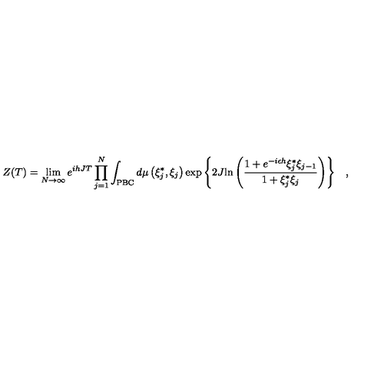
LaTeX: Z ( T ) = \lim _ { N \rightarrow \infty } e ^ { i h J T } \prod _ { j = 1 } ^ { N } \int _ { \mathrm { P B C } } { { d \mu \left( { \xi _ { j } ^ { * } , \xi _ { j } } \right) } \exp \left\{ { 2 J { \ln \left( { { \frac { 1 + e ^ { - i \epsilon h } \xi _ { j } ^ { * } \xi _ { j - 1 } } { 1 + \xi _ { j } ^ { * } \xi _ { j } } } } \right) } } \right\} } \quad ,